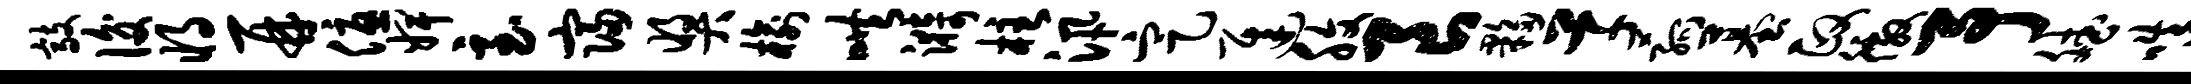
敲后将再优婢至寝奖榆哄漪柱汛定迟腹良夥草菰墓政徼予斌嗔